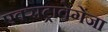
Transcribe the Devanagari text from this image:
एक्सट्रावेगेंजा